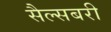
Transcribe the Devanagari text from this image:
सैल्सबरी